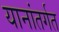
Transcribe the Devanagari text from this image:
यानांतर्गत